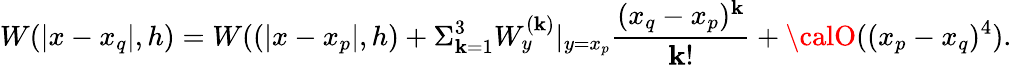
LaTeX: W(|x-x_{q}|,h)=W((|x-x_{p}|,h)+\Sigma_{\mathbf{k}=1}^{3}{W_{y}^{(\mathbf{k})}|_{y=x_{p}}\frac{{(x_{q}-x_{p})^{\mathbf{k}}}}{{\mathbf{k}!}}}+{\calO}((x_{p}-x_{q})^{4}).